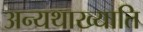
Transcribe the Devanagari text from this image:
अन्यथाख्याति